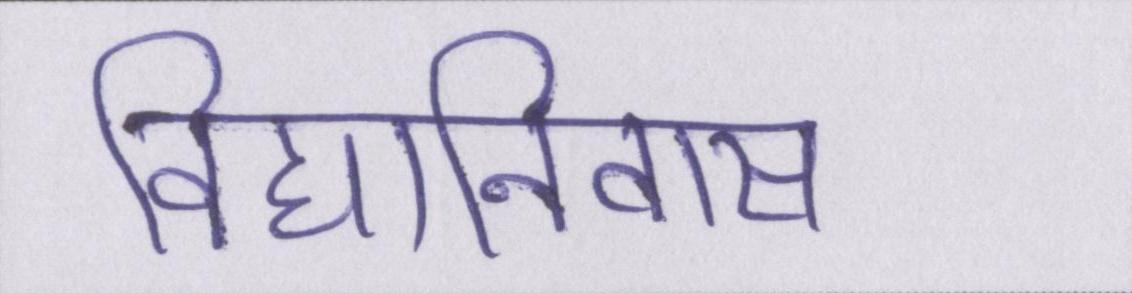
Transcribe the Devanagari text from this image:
विद्यानिवास